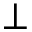
\perp